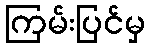
ကြမ်းပြင်မှ